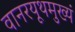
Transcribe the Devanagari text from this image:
वानरयूथमुख्यं